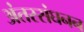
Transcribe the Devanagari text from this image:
अंतस्संघनन